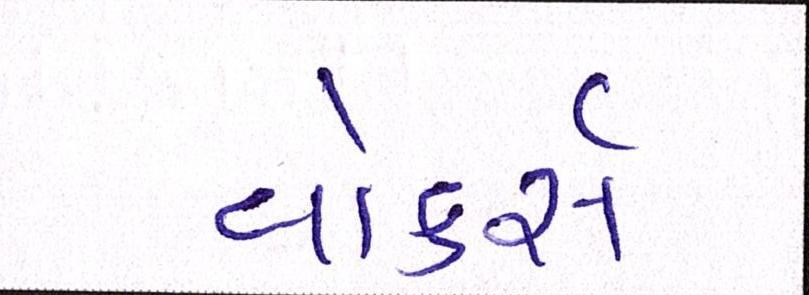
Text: વોકર્સ